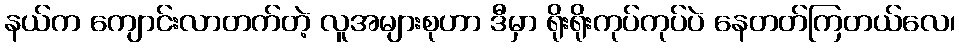
နယ်က ကျောင်းလာတက်တဲ့ လူအများစုဟာ ဒီမှာ ရိုးရိုးကုပ်ကုပ်ပဲ နေတတ်ကြတယ်လေ၊